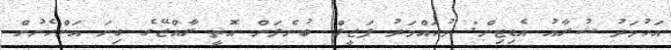
އަހުމަދު ޝުރާއު އެޑިޓިން: މުހައްމަދު ފަޒީލް ބުނެލަން އޮތީ ރާއްޖޭގެ ގިނަ އަންހެނުން